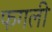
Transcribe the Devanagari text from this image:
फगली